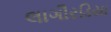
લાગૌરડિયા